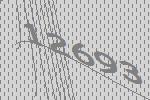
12693